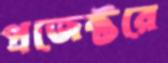
প্রজেক্টরে